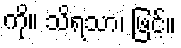
ကို။ သိရသာ၊ ဖြင့်။